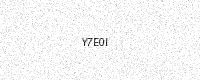
Text: Y7E0I